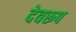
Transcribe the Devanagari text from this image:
देवरूप